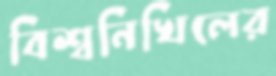
বিশ্বনিখিলের